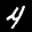
Label: 4